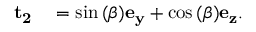
\begin{array} { r l } { \mathbf { { t _ { 2 } } } } & { { } = \sin { ( \beta ) } \mathbf { e _ { y } } + \cos { ( \beta ) } \mathbf { e _ { z } } . } \end{array}